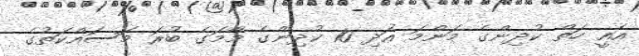
އެއީ ހަތް ކުދިންގެ މަންމަ އަދި 10 ކުދިންގެ މާމަގެ ބުރަ މަސައްކަތުގެ